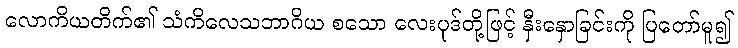
လောကိယတိက်၏ သံကိလေသဘာဂိယ စသော လေးပုဒ်တို့ဖြင့် နှီးနှောခြင်းကို ပြတော်မူ၍